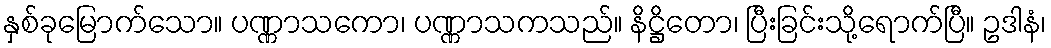
နှစ်ခုမြောက်သော။ ပဏ္ဏာသကော၊ ပဏ္ဏာသကသည်။ နိဋ္ဌိတော၊ ပြီးခြင်းသို့ရောက်ပြီ။ ဥဒါနံ၊